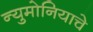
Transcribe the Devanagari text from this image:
न्युमोनियाचे